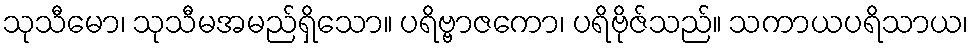
သုသီမော၊ သုသီမအမည်ရှိသော။ ပရိဗ္ဗာဇကော၊ ပရိဗိုဇ်သည်။ သကာယပရိသာယ၊